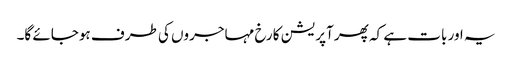
یہ اور بات ہے کہ پھر آپریشن کا رخ مہاجروں کی طرف ہوجائے گا۔